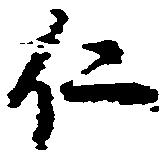
仁